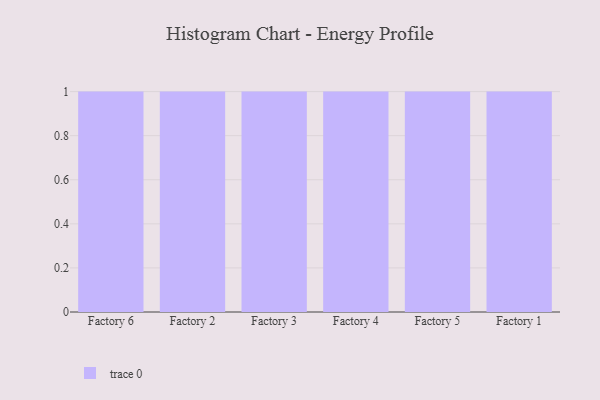
{"axis": {"x": "Factory", "y": "Energy Usage (MWh)"}, "legend": [""], "data": [{"x": "Factory 6", "y": 24, "type": ""}, {"x": "Factory 2", "y": 61, "type": ""}, {"x": "Factory 3", "y": 66, "type": ""}, {"x": "Factory 4", "y": 28, "type": ""}, {"x": "Factory 5", "y": 64, "type": ""}, {"x": "Factory 1", "y": 100, "type": ""}]}